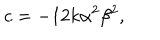
LaTeX: c = { - 1 2 k \alpha ^ { 2 } \beta ^ { 2 } } ,